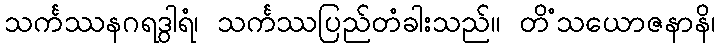
သင်္ကဿနဂရဒွါရံ၊ သင်္ကဿပြည်တံခါးသည်။ တိံသယောဇနာနိ၊